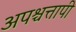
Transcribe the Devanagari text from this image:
अपश्चत्तापी